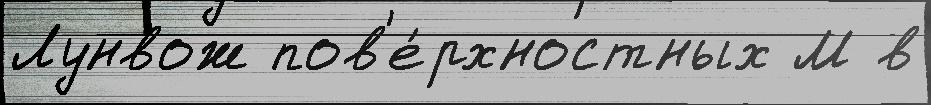
Лунвож пов'е́рхностных М в